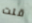
قلت